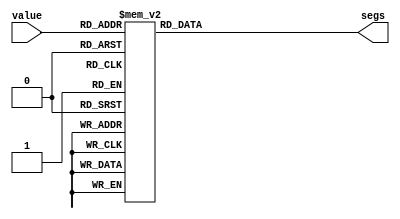
module matrix_lut_18 (
    input [3:0] value,
    output reg [7:0] segs
  );
  
  
  
  always @* begin
    
    case (value)
      1'h0: begin
        segs = 8'h80;
      end
      1'h1: begin
        segs = 8'h40;
      end
      2'h2: begin
        segs = 8'h20;
      end
      2'h3: begin
        segs = 8'h10;
      end
      3'h4: begin
        segs = 8'h01;
      end
      3'h5: begin
        segs = 8'h02;
      end
      3'h6: begin
        segs = 8'h04;
      end
      3'h7: begin
        segs = 8'h08;
      end
      4'h8: begin
        segs = 8'h00;
      end
      4'h9: begin
        segs = 8'hff;
      end
      default: begin
        segs = 8'h00;
      end
    endcase
  end
endmodule